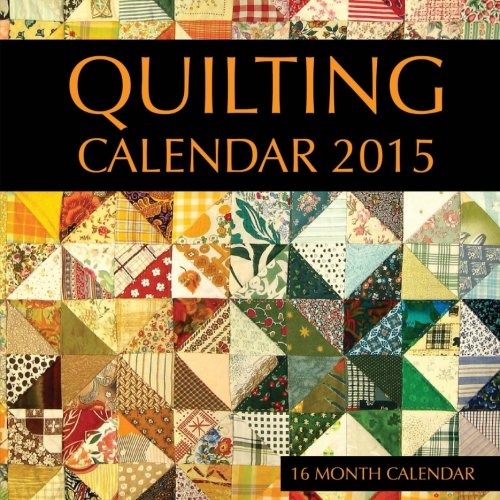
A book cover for Quilting Calendar 2015: 16 Month Calendar; Sam Hub; Calendars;